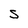
Character: S